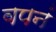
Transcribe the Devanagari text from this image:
वपनं